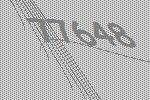
77648